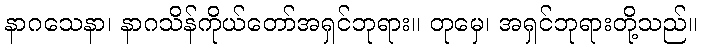
နာဂသေနာ၊ နာဂသိန်ကိုယ်တော်အရှင်ဘုရား။ တုမှေ၊ အရှင်ဘုရားတို့သည်။